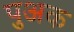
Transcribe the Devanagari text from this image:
पुअक